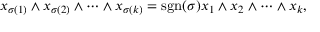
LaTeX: x _ { \sigma ( 1 ) } \wedge x _ { \sigma ( 2 ) } \wedge \cdots \wedge x _ { \sigma ( k ) } = \operatorname { s g n } ( \sigma ) x _ { 1 } \wedge x _ { 2 } \wedge \cdots \wedge x _ { k } ,